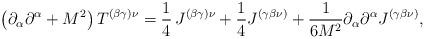
LaTeX: \begin{align*}\left( \partial_{\alpha}\partial^{\alpha}+M^{2}\right)T^{(\beta\gamma)\nu}=\frac{1}{4}\,J^{(\beta\gamma)\nu}+\frac{1}{4}J^{(\gamma\beta\nu)}+\frac{1}{6M^{2}}\partial_{\alpha}\partial^{\alpha}J^{\left(\gamma\beta\nu\right) }, \end{align*}